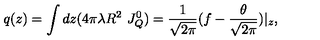
q ( z ) = \int d z ( 4 \pi \lambda R ^ { 2 } \ J _ { Q } ^ { 0 } ) = \frac { 1 } { \sqrt { 2 \pi } } ( f - \frac { \theta } { \sqrt { 2 \pi } } ) | _ { z } ,